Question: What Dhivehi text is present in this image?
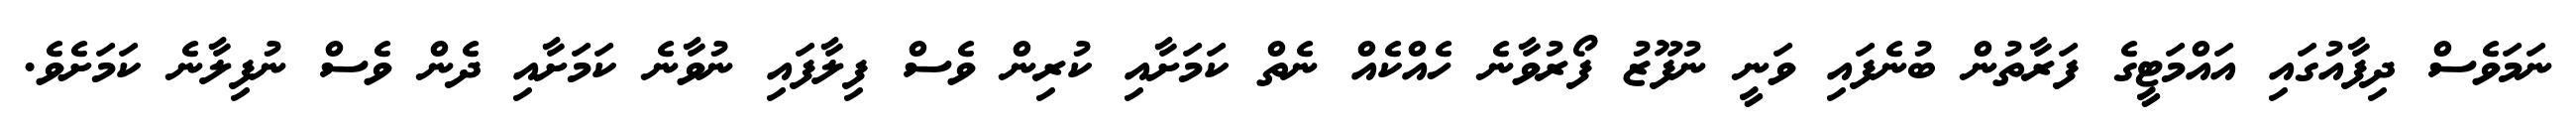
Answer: ނަމަވެސް ދިފާއުގައި އައްމަޓީގެ ފަރާތުން ބުނެފައި ވަނީ ނުފޫޒު ފޯރުވާނެ ހެއްކެއް ނެތް ކަމަށާއި ކުރިން ވެސް ފިލާފައި ނުވާނެ ކަމަށާއި ދެން ވެސް ނުފިލާނެ ކަމަށެވެ.